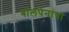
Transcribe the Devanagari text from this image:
बॉलपेनांचा